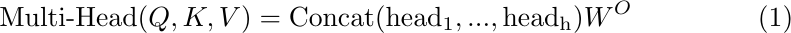
   \begin{align}
   \text{Multi-Head}(Q, K, V)=\text{Concat}(\text{head}_1,...,\text{head}_\text{h})W^O
   \label{eq2}
   \end{align}